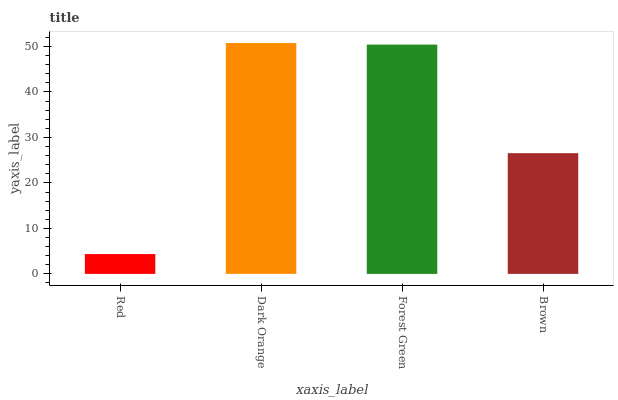
| xaxis_label | bars |
 | --- | --- |
 | Red | 4.36 |
 | Dark Orange | 50.8 |
 | Forest Green | 50.4 |
 | Brown | 26.5 |